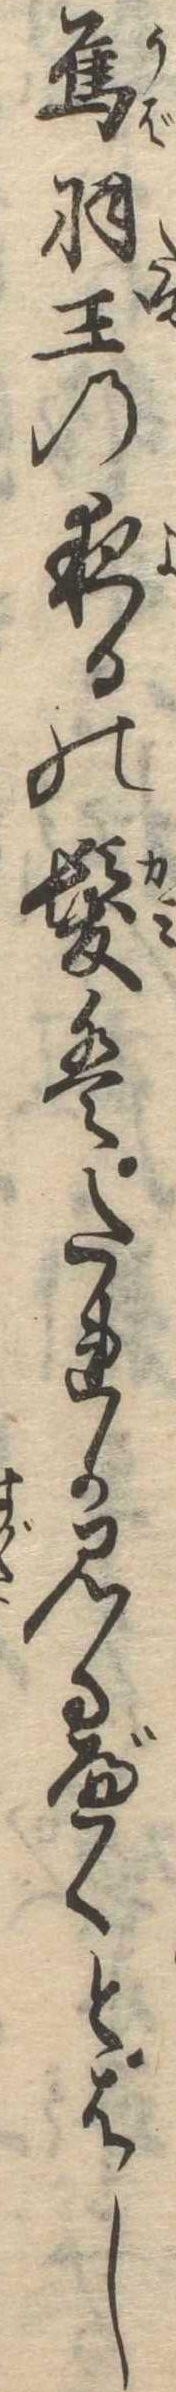
烏羽玉の夜るの髪はたれか見るべくとはし